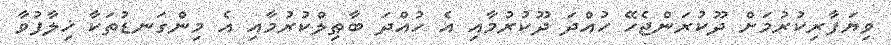
ވިޔަފާރިކުރުމަށް ދޫކުރަންޖެހޭ ހުއްދަ ދޫކުރުމާއި އެ ހުއްދަ ބާޠިލްކުރުމާއި އެ މިންގަނޑުތަކާ ޚިލާފުވާ